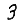
Digit: 3